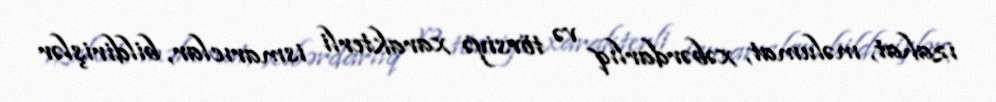
izahat, məlumat, xəbərdarlıq və tövsiyə xarakterli ismarıclar, bildirişlər